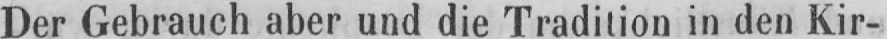
Der Gebrauch aber und die Tradition in den Kir-